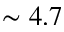
\sim 4 . 7